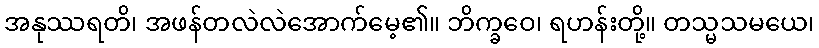
အနုဿရတိ၊ အဖန်တလဲလဲအောက်မေ့၏။ ဘိက္ခဝေ၊ ရဟန်းတို့။ တသ္မသမယေ၊